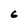
Character: 6